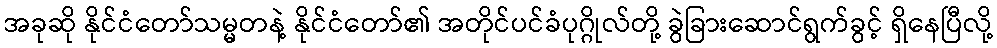
အခုဆို နိုင်ငံတော်သမ္မတနဲ့ နိုင်ငံတော်၏ အတိုင်ပင်ခံပုဂ္ဂိုလ်တို့ ခွဲခြားဆောင်ရွက်ခွင့် ရှိနေပြီလို့